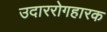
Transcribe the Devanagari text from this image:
उदाररोगहारक